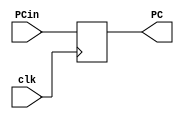
module Program_Counter(input[7:0] PCin,
                        input clk,
                        output reg [7:0] PC);
 
	always@(posedge clk)begin
		PC<=PCin;
   end
	
endmodule